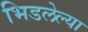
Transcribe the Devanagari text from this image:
भिडलेल्या